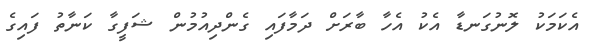
އެކަމަކު ލޮނުގަނޑާ އެކު އެހާ ބާރަށް ދަމާފައި ގެންދިއުމުން ޝަފީގާ ކަނާތު ފައިގެ